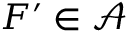
F ^ { \prime } \in \mathcal { A }